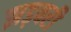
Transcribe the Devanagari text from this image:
झड़बरी